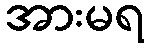
အားမရ